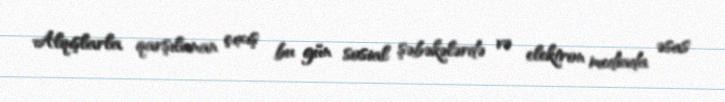
Alqışlarla qarşılanan çıxış bu gün sosial şəbəkələrdə və elektron mediada əsas